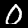
Label: 0